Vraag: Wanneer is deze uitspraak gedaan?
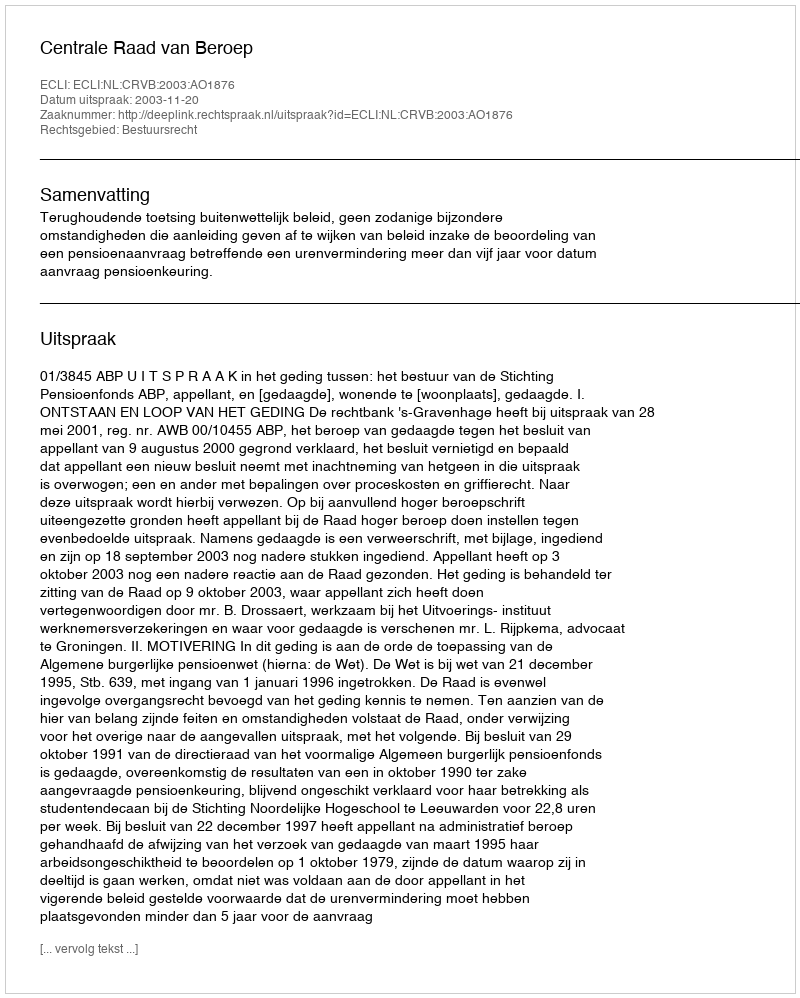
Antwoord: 2003-11-20